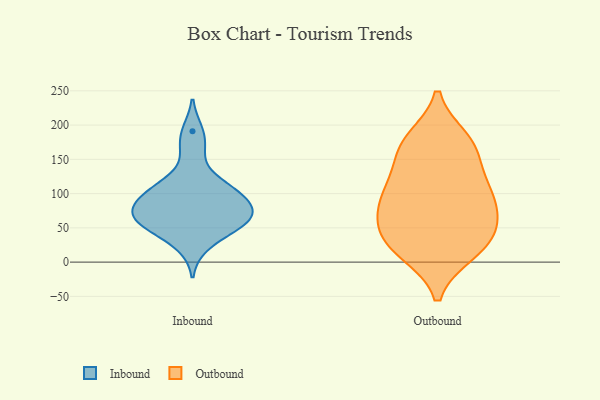
{"axis": {"x": "Gross Profit (USD K)", "y": "Value"}, "legend": ["Inbound", "Outbound"], "data": [{"x": "", "y": 24, "type": "Inbound"}, {"x": "", "y": 164, "type": "Inbound"}, {"x": "", "y": 191, "type": "Inbound"}, {"x": "", "y": 86, "type": "Inbound"}, {"x": "", "y": 63, "type": "Inbound"}, {"x": "", "y": 52, "type": "Inbound"}, {"x": "", "y": 63, "type": "Inbound"}, {"x": "", "y": 90, "type": "Inbound"}, {"x": "", "y": 83, "type": "Inbound"}, {"x": "", "y": 106, "type": "Inbound"}, {"x": "", "y": 118, "type": "Inbound"}, {"x": "", "y": 55, "type": "Inbound"}, {"x": "", "y": 108, "type": "Inbound"}, {"x": "", "y": 77, "type": "Inbound"}, {"x": "", "y": 55, "type": "Inbound"}, {"x": "", "y": 172, "type": "Outbound"}, {"x": "", "y": 69, "type": "Outbound"}, {"x": "", "y": 54, "type": "Outbound"}, {"x": "", "y": 104, "type": "Outbound"}, {"x": "", "y": 179, "type": "Outbound"}, {"x": "", "y": 112, "type": "Outbound"}, {"x": "", "y": 14, "type": "Outbound"}, {"x": "", "y": 118, "type": "Outbound"}, {"x": "", "y": 51, "type": "Outbound"}, {"x": "", "y": 157, "type": "Outbound"}, {"x": "", "y": 27, "type": "Outbound"}, {"x": "", "y": 172, "type": "Outbound"}, {"x": "", "y": 14, "type": "Outbound"}, {"x": "", "y": 32, "type": "Outbound"}, {"x": "", "y": 90, "type": "Outbound"}, {"x": "", "y": 83, "type": "Outbound"}]}